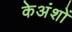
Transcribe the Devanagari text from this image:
केअंशों